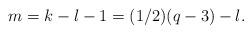
LaTeX: \begin{align*}m=k-\l-1=(1/2)(q-3)-\l. \end{align*}